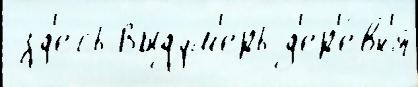
 зд'есь Выдум'ерь д'ер'е́вн'я